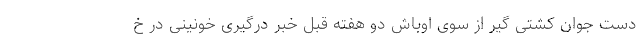
دست جوان کشتی گیر از سوی اوباش دو هفته قبل خبر درگیری خونینی در خ